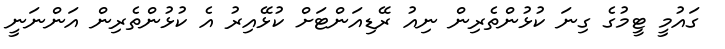
ގައުމީ ޓީމުގެ ގިނަ ކުޅުންތެރިން ނިއު ރޭޑިއަންޓަށް ކުޅޭއިރު އެ ކުޅުންތެރިން އަންނަނީ